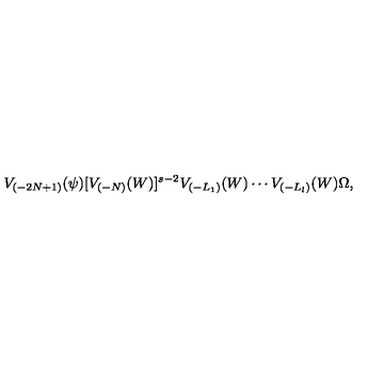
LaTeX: V _ { ( - 2 N + 1 ) } ( \psi ) [ V _ { ( - N ) } ( W ) ] ^ { s - 2 } V _ { ( - L _ { 1 } ) } ( W ) \cdots V _ { ( - L _ { l } ) } ( W ) \Omega ,